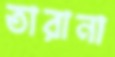
তারানা